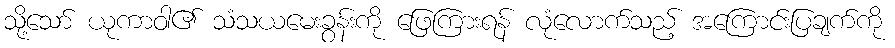
သို့သော် ယုကာဝါ၏ သံသယမေးခွန်းကို ဖြေကြားရန် လုံလောက်သည့် အကြောင်းပြချက်ကို